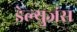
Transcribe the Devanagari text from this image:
डेल्युजंस